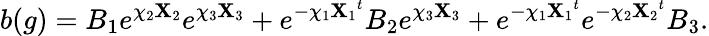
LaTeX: b(g)=B_{1}e^{\chi_{2}{\cal\mathbf{X}}_{2}}e^{\chi_{3}{\cal\mathbf{X}}_{3}}+e^{-\chi_{1}{{\cal\mathbf{X}}_{1}}^{t}}B_{2}e^{\chi_{3}{\cal\mathbf{X}}_{3}}+e^{-\chi_{1}{{\cal\mathbf{X}}_{1}}^{t}}e^{-\chi_{2}{{\cal\mathbf{X}}_{2}}^{t}}B_{3}.